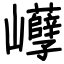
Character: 巕